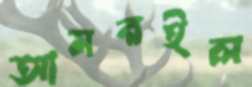
আমরইল